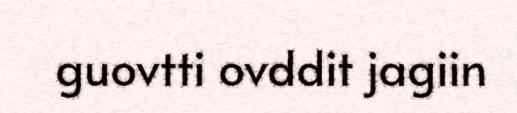
guovtti ovddit jagiin